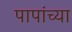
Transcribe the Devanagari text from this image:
पापांच्‍या